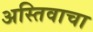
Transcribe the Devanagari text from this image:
अस्तिवाचा